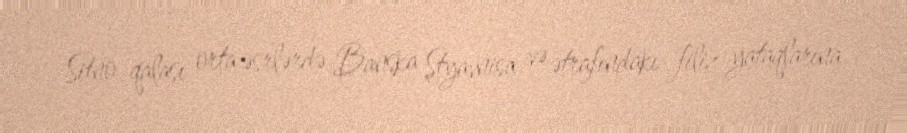
Sitno qalası orta əsrlərdə Banska Ştyavnisa və ətrafındakı filiz yataqlarına